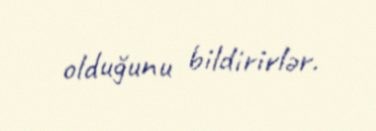
olduğunu bildirirlər.